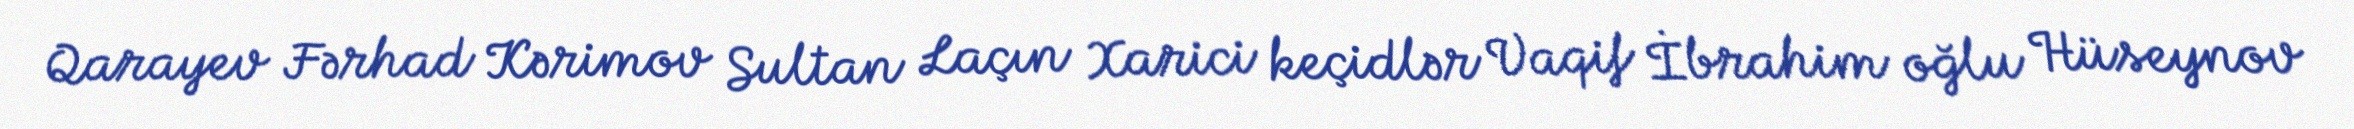
Qarayev Fərhad Kərimov Sultan Laçın Xarici keçidlər Vaqif İbrahim oğlu Hüseynov